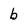
Character: b